Madras plague regulations in force outside the Presidency town - Volume 3
Disease focus: Plague
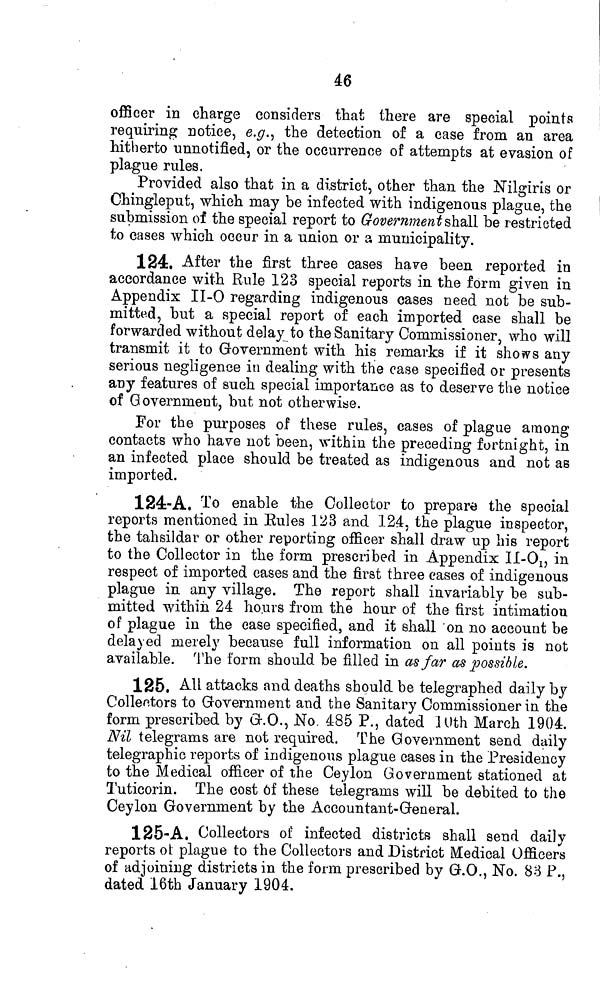
46
officer in charge considers that there are special pointa
requiring notice, e.g., the detection of a case from an area
hitherto unnotified, or the occurrence of attempts at evasion of
plague rules.
Provided also that in a district, other than the ISTilgiris or
Chingleput, which may be infected with indigenous plague, the
submission of the special report to Government shall be restricted
to cases which occur in a union or a municipality.
124. After the first three oases have been reported in
accordance with Rule 123 special reports in the form given in
Appendix II-O regarding indigenous cases need not be sub-
mitted, but a special report of each imported case shall be
forwarded without delay to the Sanitary Commissioner, who will
transmit it to Government with his remarks if it shows any
serious negligence in dealing with the case specified or presents
any features of such special importance as to deserve the notice
of Government, but not otherwise.
For the purposes of these rules, cases of plague among
contacts who have not been, within the preceding fortnight, in
an infected place should be treated as indigenous and not as
imported.
124-A. To enable the Collector to prepare the special
reports mentioned in Bules 123 and 124, the plague inspector,
the tahsildar or other reporting officer shall draw up his report
to the Collector in the form prescribed in Appendix Il-0 1? in
respect of imported cases and the first three cases of indigenous
plague in any village. The report shall invariably be sub-
mitted within 24 hours from the hour of the first intimation
of plague in the case specified, and it shall "on no account be
delayed merely because full information on all points is not
available. The form should be filled in as far as possible.
125. All attacks and deaths should be telegraphed daily by
Collectors to Government and the Sanitary Commissioner in the
form prescribed by Gr.O., No. 485 P., dated lUth March 1904.
Nil telegrams are not required. The Government send daily
telegraphic reports of indigenous plague cases in the Presidency
to the Medical officer of the Ceylon Government stationed at
Tuticorin. The cost of these telegrams will be debited to the
Ceylon Government by the Accountant-General.
125-A. Collectors of infected districts shall send daily
reports ol plague to the Collectors and District Medical Officers
of adjoining districts in the form prescribed by G.O., No. 83 P.,
dated 16th January 1904.